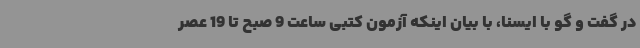
در گفت و گو با ایسنا، با بیان اینکه آزمون کتبی ساعت 9 صبح تا 19 عصر